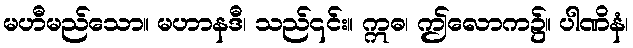
မဟီမည်သော။ မဟာနဒီ၊ သည်၎င်း။ ဣဓ၊ ဤလောက၌။ ပါဏိနံ၊